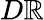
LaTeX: D\mathbb{R}